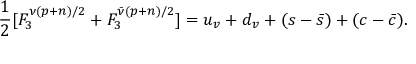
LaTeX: \frac { 1 } { 2 } [ F _ { 3 } ^ { \nu ( p + n ) / 2 } + F _ { 3 } ^ { \bar { \nu } ( p + n ) / 2 } ] = u _ { v } + d _ { v } + ( s - \bar { s } ) + ( c - \bar { c } ) .